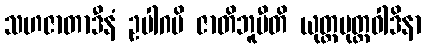
သဟဇာတာဒီနံ ဥပါဂမိ ဇာတိဘူမီတိ ယုတ္တမုတ္တဝါဒိနာ